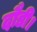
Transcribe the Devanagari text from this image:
दौडी।